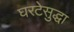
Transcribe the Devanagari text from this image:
घरटेसुद्धा